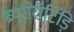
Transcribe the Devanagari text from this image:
ब्यूसेरॉटिड़ि